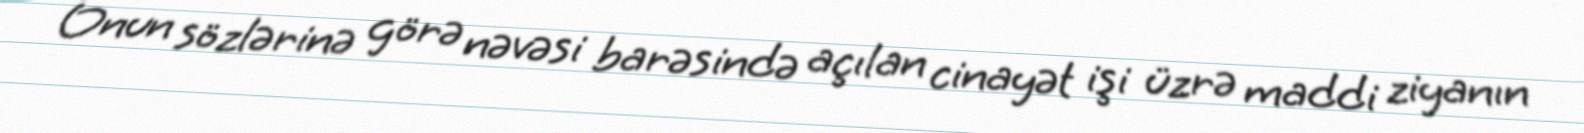
Onun sözlərinə görə nəvəsi barəsində açılan cinayət işi üzrə maddi ziyanın